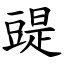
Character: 䜻